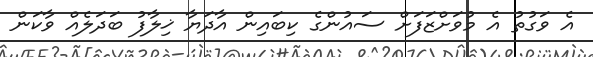
އެ ވަގުތު އެ މުވަށްޒަފަށް ސައުންގެ ކިބައިން އާދަޔާ ޚިލާފު ބަދަލެއް ވާކަން